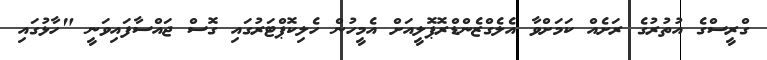
ގްރީސްގެ އުތުރުގެ ރަށެއް ކަމަށްވާ އެލެގްޒެންޑްރޮޕޮލީއަށް އެމީހުން ހެލިކޮޕްޓަރުގައި ގޮސް ޖައްސާފައިވަނީ "ހާޅުގައި